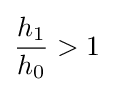
{h_{1} \over h_{0}}>1